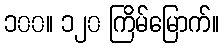
၁၀၀။ ၁၂၀ ကြိမ်မြောက်။